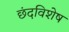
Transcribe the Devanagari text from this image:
छंदविशेष